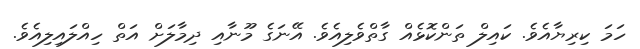
ހަމަ ކިރިޔާއެވެ. ކައިލް ތަންކޮޅެއް ގާތްވެލިއެވެ. އޭނަގެ މޫނާއި ދިމާލަށް އަތް ހިއްލައިލިއެވެ.